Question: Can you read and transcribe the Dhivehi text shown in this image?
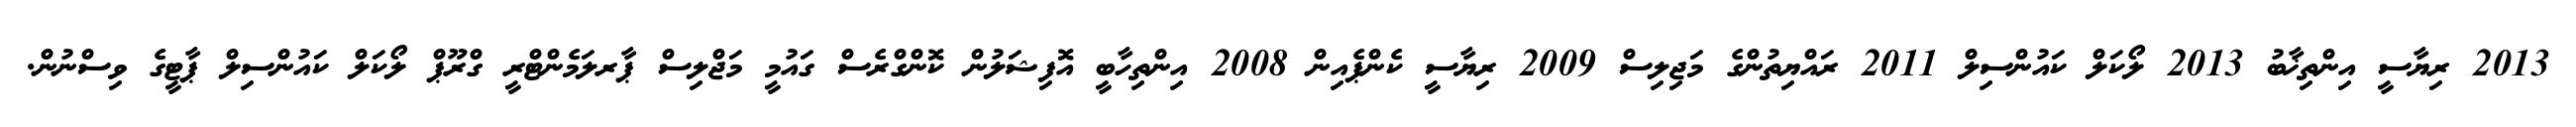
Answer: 2013 ރިޔާސީ އިންތިޚާބު 2013 ލޯކަލް ކައުންސިލް 2011 ރައްޔިތުންގެ މަޖިލިސް 2009 ރިޔާސީ ކެންޕެއިން 2008 އިންތިހާބީ އޮފިޝަލުން ކޮންގްރެސް ގައުމީ މަޖްލިސް ޕާރލަމެންޓްރީ ގްރޫޕް ލޯކަލް ކައުންސިލް ޕާޓީގެ ވިސްނުން.